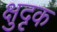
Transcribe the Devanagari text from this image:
क्षुदृक